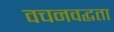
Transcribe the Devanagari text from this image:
वचनवद्धता